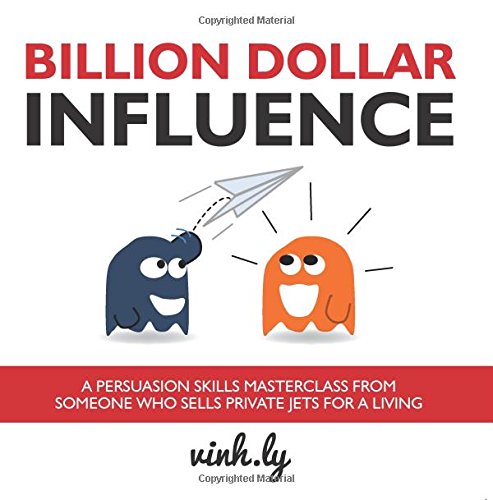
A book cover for Billion Dollar Influence: A Persuasion Skills Masterclass from Someone Who Sells Private Jets for a Living; Vinh Ly; Self-Help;